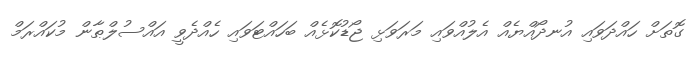
ގޮތަށް ހައްދަވައި އުނދޯއްޔެއް އެލުއްވައި މަރަވަޅި ޖޯޑުކޮޅެއް ބަހައްޓަވައި ހެއްދެވީ އައްސުލްޠާން މުކައްރަމް